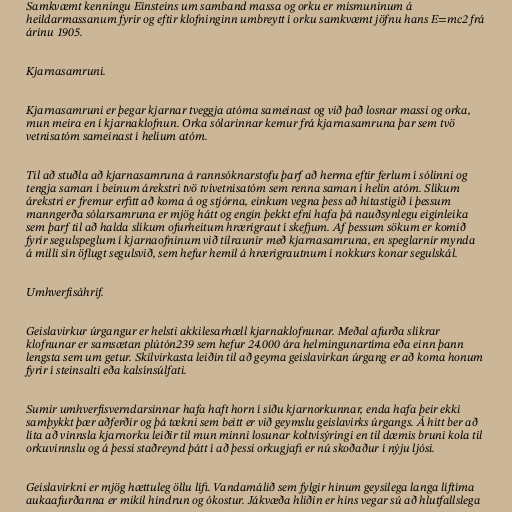
Samkvæmt kenningu Einsteins um samband massa og orku er mismuninum á
heildarmassanum fyrir og eftir klofninginn umbreytt í orku samkvæmt jöfnu hans E=mc2 frá
árinu 1905.

Kjarnasamruni.

Kjarnasamruni er þegar kjarnar tveggja atóma sameinast og við það losnar massi og orka,
mun meira en í kjarnaklofnun. Orka sólarinnar kemur frá kjarnasamruna þar sem tvö
vetnisatóm sameinast í helíum atóm.

Til að stuðla að kjarnasamruna á rannsóknarstofu þarf að herma eftir ferlum í sólinni og
tengja saman í beinum árekstri tvö tvívetnisatóm sem renna saman í helín atóm. Slíkum
árekstri er fremur erfitt að koma á og stjórna, einkum vegna þess að hitastigið í þessum
manngerða sólarsamruna er mjög hátt og engin þekkt efni hafa þá nauðsynlegu eiginleika
sem þarf til að halda slíkum ofurheitum hrærigraut í skefjum. Af þessum sökum er komið
fyrir segulspeglum í kjarnaofninum við tilraunir með kjarnasamruna, en speglarnir mynda
á milli sín öflugt segulsvið, sem hefur hemil á hrærigrautnum í nokkurs konar segulskál.

Umhverfisáhrif.

Geislavirkur úrgangur er helsti akkilesarhæll kjarnaklofnunar. Meðal afurða slíkrar
klofnunar er samsætan plútón239 sem hefur 24.000 ára helmingunartíma eða einn þann
lengsta sem um getur. Skilvirkasta leiðin til að geyma geislavirkan úrgang er að koma honum
fyrir í steinsalti eða kalsínsúlfati.

Sumir umhverfisverndarsinnar hafa haft horn í síðu kjarnorkunnar, enda hafa þeir ekki
samþykkt þær aðferðir og þá tækni sem beitt er við geymslu geislavirks úrgangs. Á hitt ber að
líta að vinnsla kjarnorku leiðir til mun minni losunar koltvísýringi en til dæmis bruni kola til
orkuvinnslu og á þessi staðreynd þátt í að þessi orkugjafi er nú skoðaður í nýju ljósi.

Geislavirkni er mjög hættuleg öllu lífi. Vandamálið sem fylgir hinum geysilega langa líftíma
aukaafurðanna er mikil hindrun og ókostur. Jákvæða hliðin er hins vegar sú að hlutfallslega